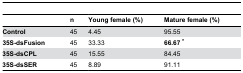
<table><thead><tr><td></td><td><b>n</b></td><td><b>Young female (%)</b></td><td><b>Mature female (%)</b></td></tr></thead><tbody><tr><td><b>Control</b></td><td>45</td><td>4.45</td><td>95.55</td></tr><tr><td><b>35S-dsFusion</b></td><td>45</td><td>33.33</td><td><b>66.67 *</b></td></tr><tr><td><b>35S-dsCPL</b></td><td>45</td><td>15.55</td><td>84.45</td></tr><tr><td><b>35S-dsSER</b></td><td>45</td><td>8.89</td><td>91.11</td></tr></tbody></table>